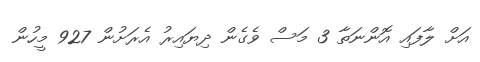
އަށް ލާފައި އޮންނަތާ 3 މަސް ވެގެން ދިޔައިރު އެރަށުން 927 މީހުން